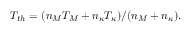
T _ { t h } = ( n _ { M } T _ { M } + n _ { \kappa } T _ { \kappa } ) / ( n _ { M } + n _ { \kappa } ) .